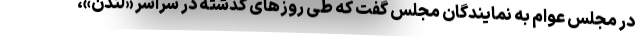
در مجلس عوام به نمایندگان مجلس گفت که طی روزهای گذشته در سراسر «لندن»،